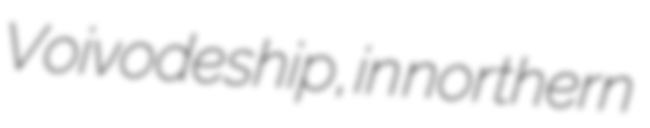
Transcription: Voivodeship, in northern